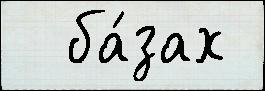
  ба́зах